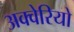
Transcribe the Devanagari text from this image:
अक्वेरियो